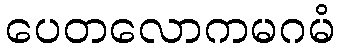
ပေတလောကမဂမံ